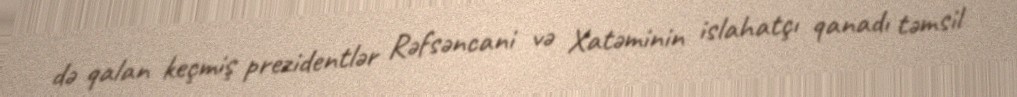
də qalan keçmiş prezidentlər Rəfsəncani və Xatəminin islahatçı qanadı təmsil